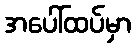
အပေါ်ထပ်မှာ